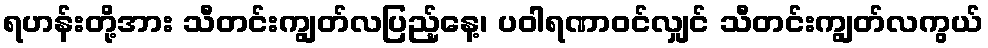
ရဟန်းတို့အား သီတင်းကျွတ်လပြည့်နေ့၊ ပဝါရဏာဝင်လျှင် သီတင်းကျွတ်လကွယ်